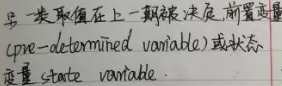
后一类取值在上一期被决定，前置变量(pre - determined variable)或状态变量 state variable.